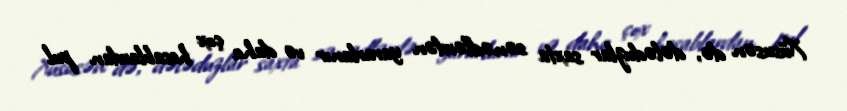
Xüsusən də, dələduzlar saxta sənədlərdən yararlanır və daha çox hesablardan pul